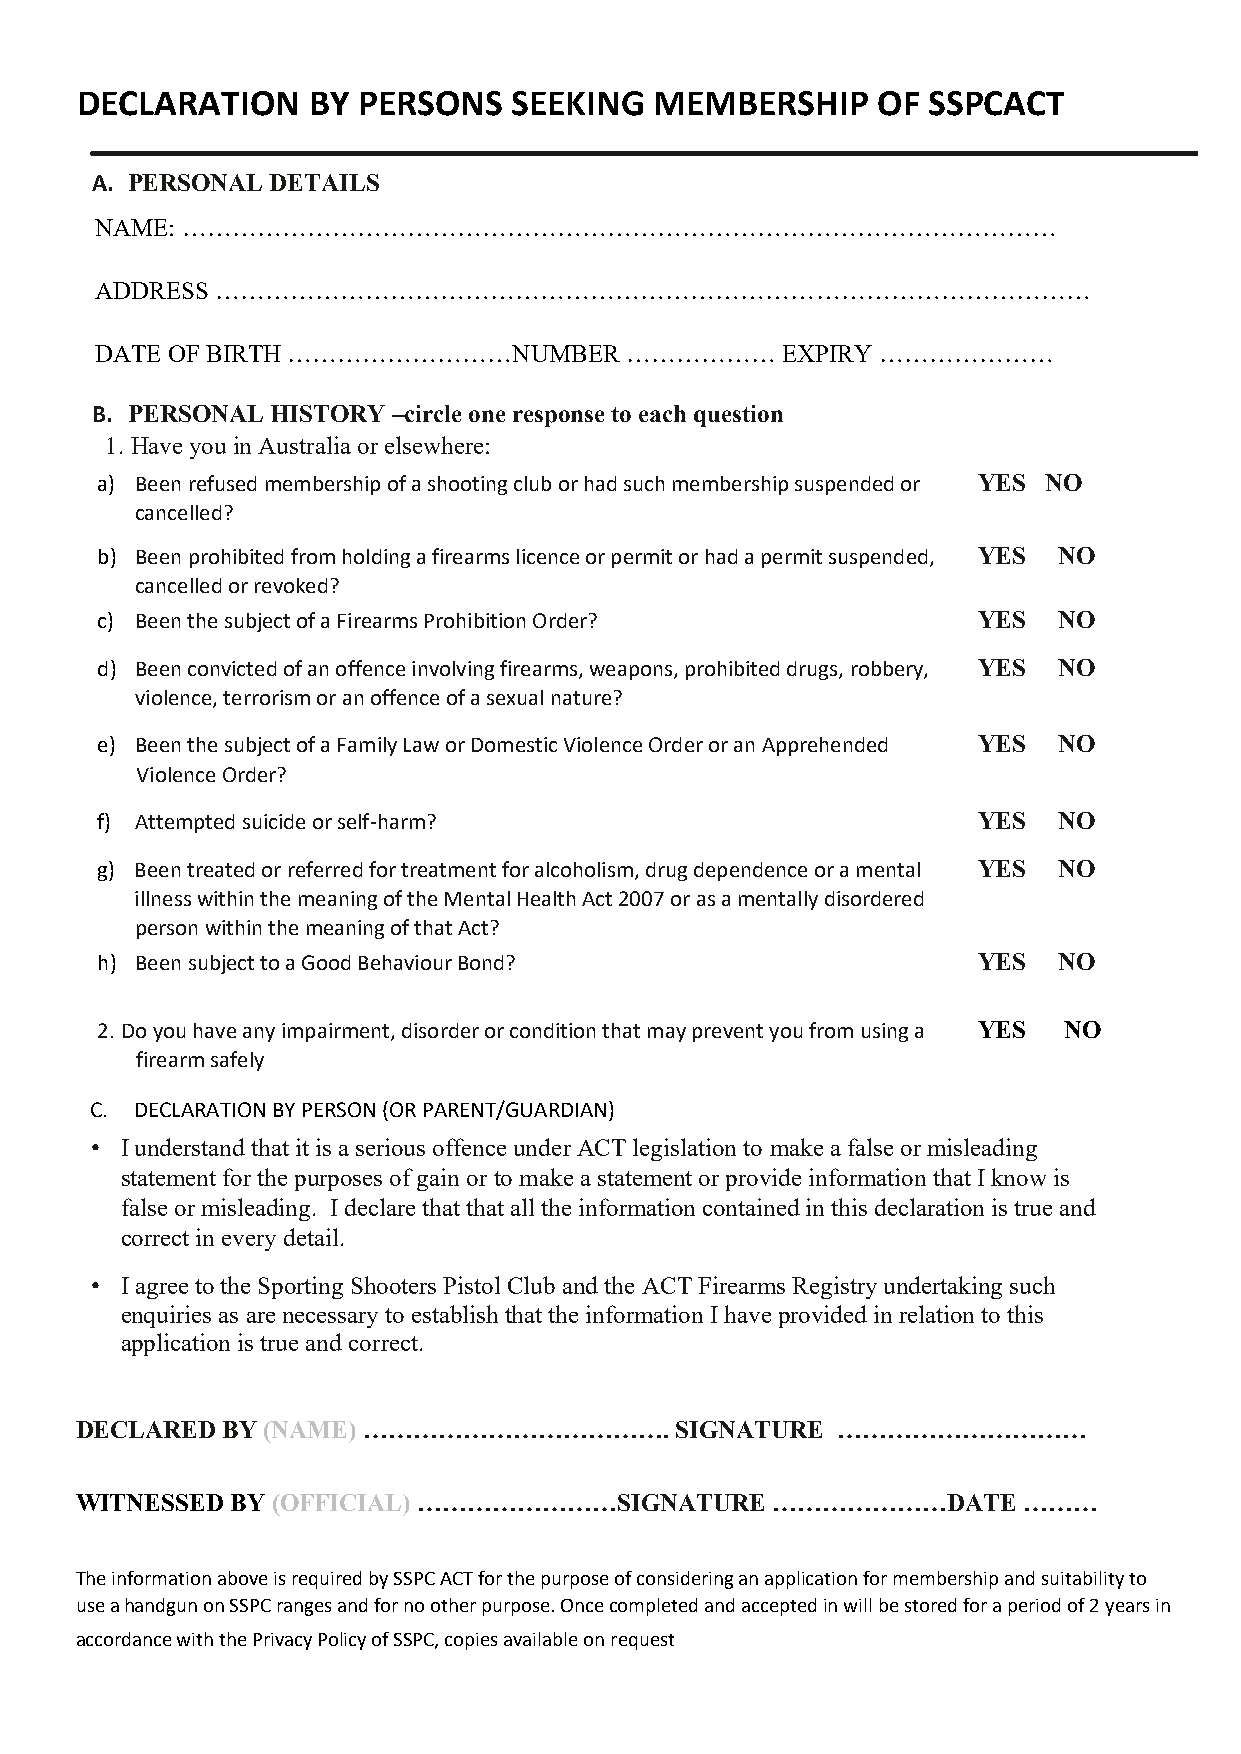
DECLARATION    BY  PERSONS   SEEKING  MEMBERSHIP     OF SSPCACT
 A. PERSONAL DETAILS
 NAME: ……………………………………………………………………………………………
 ADDRESS ……………………………………………………………………………………………
 DATE OF BIRTH ………………………NUMBER      ………………     EXPIRY …………………
 B. PERSONAL HISTORY –circle one response to each question
 1. Have you in Australia or elsewhere:
 a) Been refused membership of a shooting club or had such membership suspended or YES NO
 cancelled?
 b) Been prohibited from holding a firearms licence or permit or had a permit suspended, YES NO
 cancelled or revoked?
 c) Been the subject of a Firearms Prohibition Order?       YES  NO
 d) Been convicted of an offence involving firearms, weapons, prohibited drugs, robbery, YES NO
 violence, terrorism or an offence of a sexual nature?
 e) Been the subject of a Family Law or Domestic Violence Order or an Apprehended YES NO
 Violence Order?
 f) Attempted suicide or self-harm?                         YES  NO
 g) Been treated or referred for treatment for alcoholism, drug dependence or a mental YES NO
 illness within the meaning of the Mental Health Act 2007 or as a mentally disordered
 person within the meaning of that Act?
 h) Been subject to a Good Behaviour Bond?                  YES  NO
 2. Do you have any impairment, disorder or condition that may prevent you from using a YES NO
 firearm safely
 C. DECLARATION BY PERSON (OR PARENT/GUARDIAN)
 • I understand that it is a serious offence under ACT legislation to make a false or misleading
 statement for the purposes of gain or to make a statement or provide information that I know is
 false or misleading. I declare that that all the information contained in this declaration is true and
 correct in every detail.
 • I agree to the Sporting Shooters Pistol Club and the ACT Firearms Registry undertaking such
 enquiries as are necessary to establish that the information I have provided in relation to this
 application is true and correct.
 DECLARED  BY (NAME) ……………………………….       SIGNATURE …………………………
 WITNESSED BY (OFFICIAL) ……………………SIGNATURE     …………………DATE      ………
 The information above is required by SSPC ACT for the purpose of considering an application for membership and suitability to
 use a handgun on SSPC ranges and for no other purpose. Once completed and accepted in will be stored for a period of 2 years in
 accordance with the Privacy Policy of SSPC, copies available on request